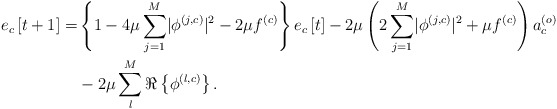
\begin{align*} e_c\left[t+1\right]=&\left\{1-4\mu\sum_{j=1}^{M}\lvert\phi^{\left(j,c\right)}\rvert^2-2\mu f^{\left(c\right)}\vphantom{\sum_{j=1}^{M}}\right\}e_c\left[t\right]-2\mu\left(2\sum_{j=1}^{M}\lvert\phi^{\left(j,c\right)}\rvert^2+\mu f^{\left(c\right)}\right)a_c^{\left(o\right)}\\ &-2\mu\sum_{l}^{M}\Re\left\{\phi^{\left(l,c\right)}\right\}.\end{align*}